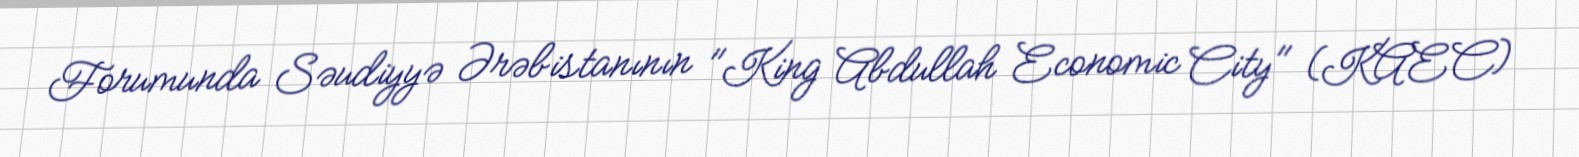
Forumunda Səudiyyə Ərəbistanının "King Abdullah Economic City" (KAEC)